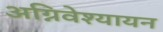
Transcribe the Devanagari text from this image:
अग्निवेश्यायन